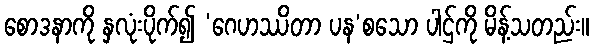
စောဒနာကို နှလုံးပိုက်၍ ‘ဂေဟဿိတာ ပန’စသော ပါဌ်ကို မိန့်သတည်း။